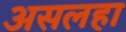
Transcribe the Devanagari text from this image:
असलहा